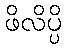
ဖိလိပ္ပိ